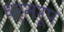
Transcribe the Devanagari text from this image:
धर्मरूप